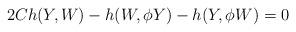
LaTeX: \begin{align*} 2Ch(Y,W)-h(W,\phi Y)-h(Y,\phi W)=0\end{align*}